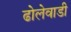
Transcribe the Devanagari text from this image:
ढोलेवाडी